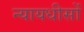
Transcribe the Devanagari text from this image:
न्यायधीसों